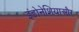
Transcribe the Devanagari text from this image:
इंडोनेशियाऔर